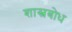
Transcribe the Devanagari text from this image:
शास्त्रबोध